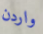
واردن